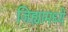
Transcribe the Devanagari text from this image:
जिह्यामध्ये